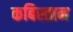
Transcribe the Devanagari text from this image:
कबिस्तान